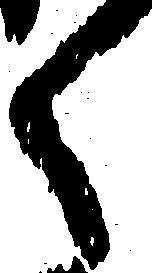
く